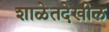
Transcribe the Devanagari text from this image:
शाळेतदेखील